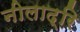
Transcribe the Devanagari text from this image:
नीलाद्रि